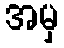
အမှ